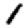
Digit: 1